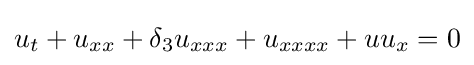
u_{t}+u_{xx}+\delta _{3}u_{xxx}+u_{xxxx}+uu_{x}=0